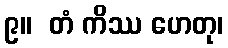
၉။  တံ ကိဿ ဟေတု၊